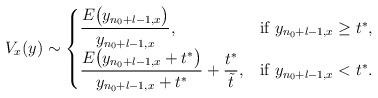
LaTeX: \begin{align*}V_x(y) \sim \begin{cases} \displaystyle \frac{E\big(y_{n_0+l-1,x}\big)}{y_{n_0+l-1,x}}, & \mbox{if } y_{n_0+l-1,x} \geq t^{\ast},\\ \displaystyle \frac{E\big(y_{n_0+l-1,x} + t^{\ast}\big)}{y_{n_0+l-1,x} + t^{\ast}} + \frac{t^{\ast}}{\Tilde{t}}, & \mbox{if } y_{n_0+l-1,x} < t^{\ast}.\end{cases}\end{align*}